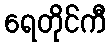
ရေတိုင်ကီ